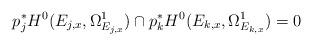
LaTeX: \begin{align*} p_{j}^{*}H^{0} (E_{j,x}, \Omega^{1}_{E_{j,x}}) \cap p_{k}^{*}H^{0} (E_{k,x}, \Omega^{1}_{E_{k,x}}) =0\end{align*}